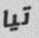
تيا